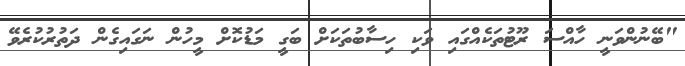
"ބޭނުންވަނީ ހާއްސަ ރޫޓުތަކެއްގައި ވަކި ހިސާބުތަކަށް ބަގީ މަޑުކޮށް މީހުން ނަގައިގެން ދަތުރުކުރެވޭ